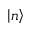
\left| n \right>